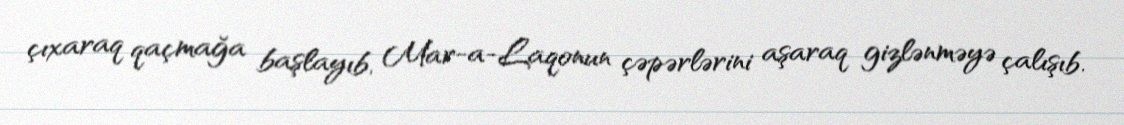
çıxaraq qaçmağa başlayıb, Mar-a-Laqonun çəpərlərini aşaraq gizlənməyə çalışıb.